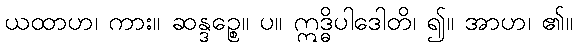
ယထာဟ၊ ကား။ ဆန္ဒဉ္စေ။ ပ။ ဣဒ္ဓိပါဒေါတိ၊ ၍။ အာဟ၊ ၏။